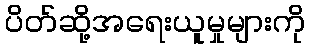
ပိတ်ဆို့အရေးယူမှုများကို